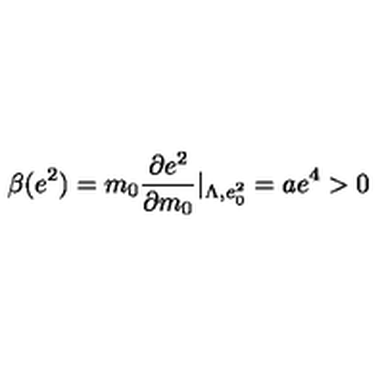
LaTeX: \beta ( e ^ { 2 } ) = m _ { 0 } \frac { \partial e ^ { 2 } } { \partial m _ { 0 } } | _ { \Lambda , e _ { 0 } ^ { 2 } } = a e ^ { 4 } > 0